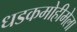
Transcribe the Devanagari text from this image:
धडकमोहीमेला